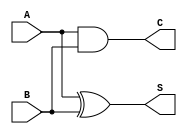
module half_adder (
    input wire A,
    input wire B,
    output wire S,
    output wire C
);
    assign S = A ^ B; // Sum is A XOR B
    assign C = A & B; // Carry is A AND B
endmodule